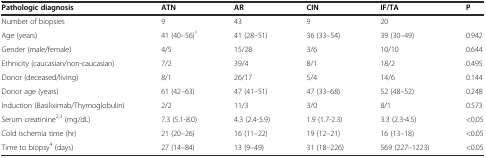
<table><thead><tr><td><b>Pathologic diagnosis</b></td><td><b>ATN</b></td><td><b>AR</b></td><td><b>CIN</b></td><td><b>IF/TA</b></td><td><b>P</b></td></tr></thead><tbody><tr><td>Number of biopsies</td><td>9</td><td>43</td><td>9</td><td>20</td><td></td></tr><tr><td>Age (years)</td><td>41 (40–56)<sup>1</sup></td><td>41 (28–51)</td><td>36 (33–54)</td><td>39 (30–49)</td><td>0.942</td></tr><tr><td>Gender (male/female)</td><td>4/5</td><td>15/28</td><td>3/6</td><td>10/10</td><td>0.644</td></tr><tr><td>Ethnicity (caucasian/non-caucasian)</td><td>7/2</td><td>39/4</td><td>8/1</td><td>18/2</td><td>0.495</td></tr><tr><td>Donor (deceased/living)</td><td>8/1</td><td>26/17</td><td>5/4</td><td>14/6</td><td>0.144</td></tr><tr><td>Donor age (years)</td><td>61 (42–63)</td><td>47 (41–51)</td><td>47 (33–68)</td><td>52 (48–52)</td><td>0.248</td></tr><tr><td>Induction (Basiliximab/Thymoglobulin)</td><td>2/2</td><td>11/3</td><td>3/0</td><td>8/1</td><td>0.573</td></tr><tr><td>Serum creatinine<sup>2,3</sup> (mg/dL)</td><td>7.3 (5.1-8.0)</td><td>4.3 (2.4-5.9)</td><td>1.9 (1.7-2.3)</td><td>3.3 (2.3-4.5)</td><td>&lt;0.05</td></tr><tr><td>Cold ischemia time (hr)</td><td>21 (20–26)</td><td>16 (11–22)</td><td>19 (12–21)</td><td>16 (13–18)</td><td>&lt;0.05</td></tr><tr><td>Time to biopsy<sup>4</sup> (days)</td><td>27 (14–84)</td><td>13 (9–49)</td><td>31 (18–226)</td><td>569 (227–1223)</td><td>&lt;0.05</td></tr></tbody></table>